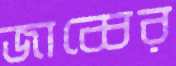
জাব্বের